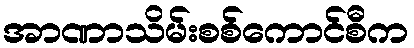
အာဏာသိမ်းစစ်ကောင်စီက